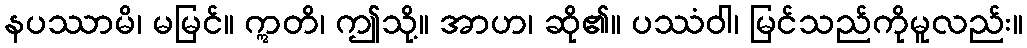
နပဿာမိ၊ မမြင်။ ဣတိ၊ ဤသို့။ အာဟ၊ ဆို၏။ ပဿံဝါ၊ မြင်သည်ကိုမူလည်း။